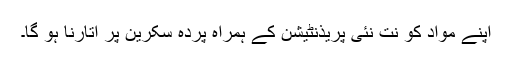
اپنے مواد کو نت نئی پریذنٹیشن کے ہمراہ پردہِ سکرین پر اتارنا ہو گا۔